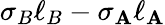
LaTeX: \sigma_{B}\ell_{B}-\sigma_{\mathbf{A}}\ell_{\mathbf{A}}